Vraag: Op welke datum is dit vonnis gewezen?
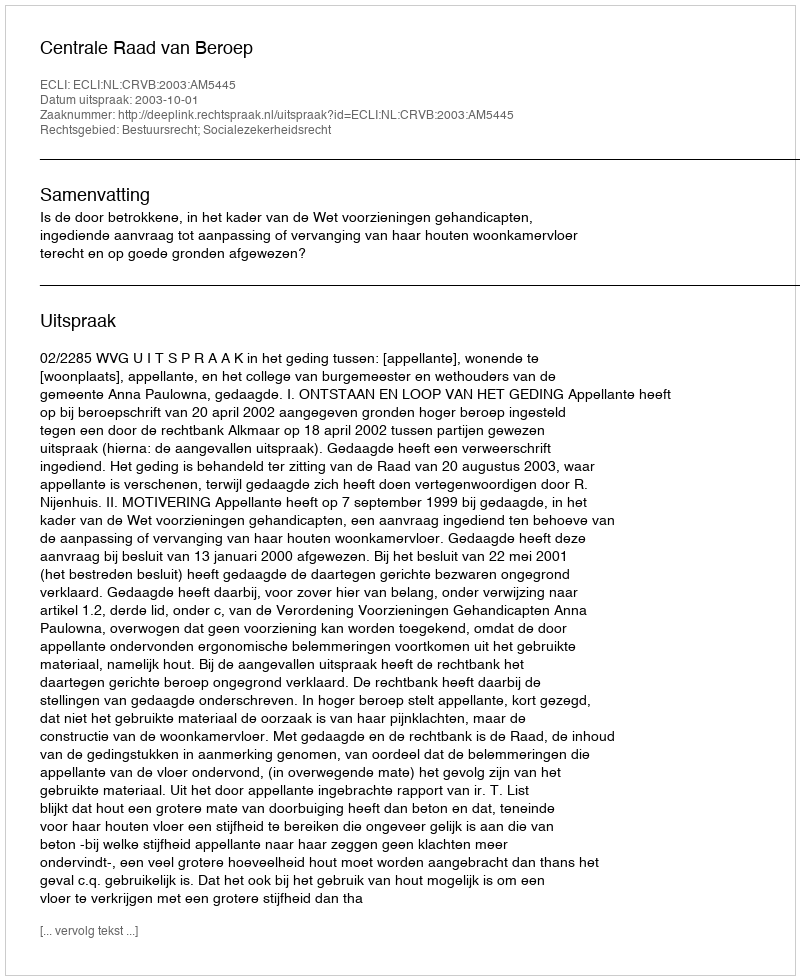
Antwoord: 2003-10-01